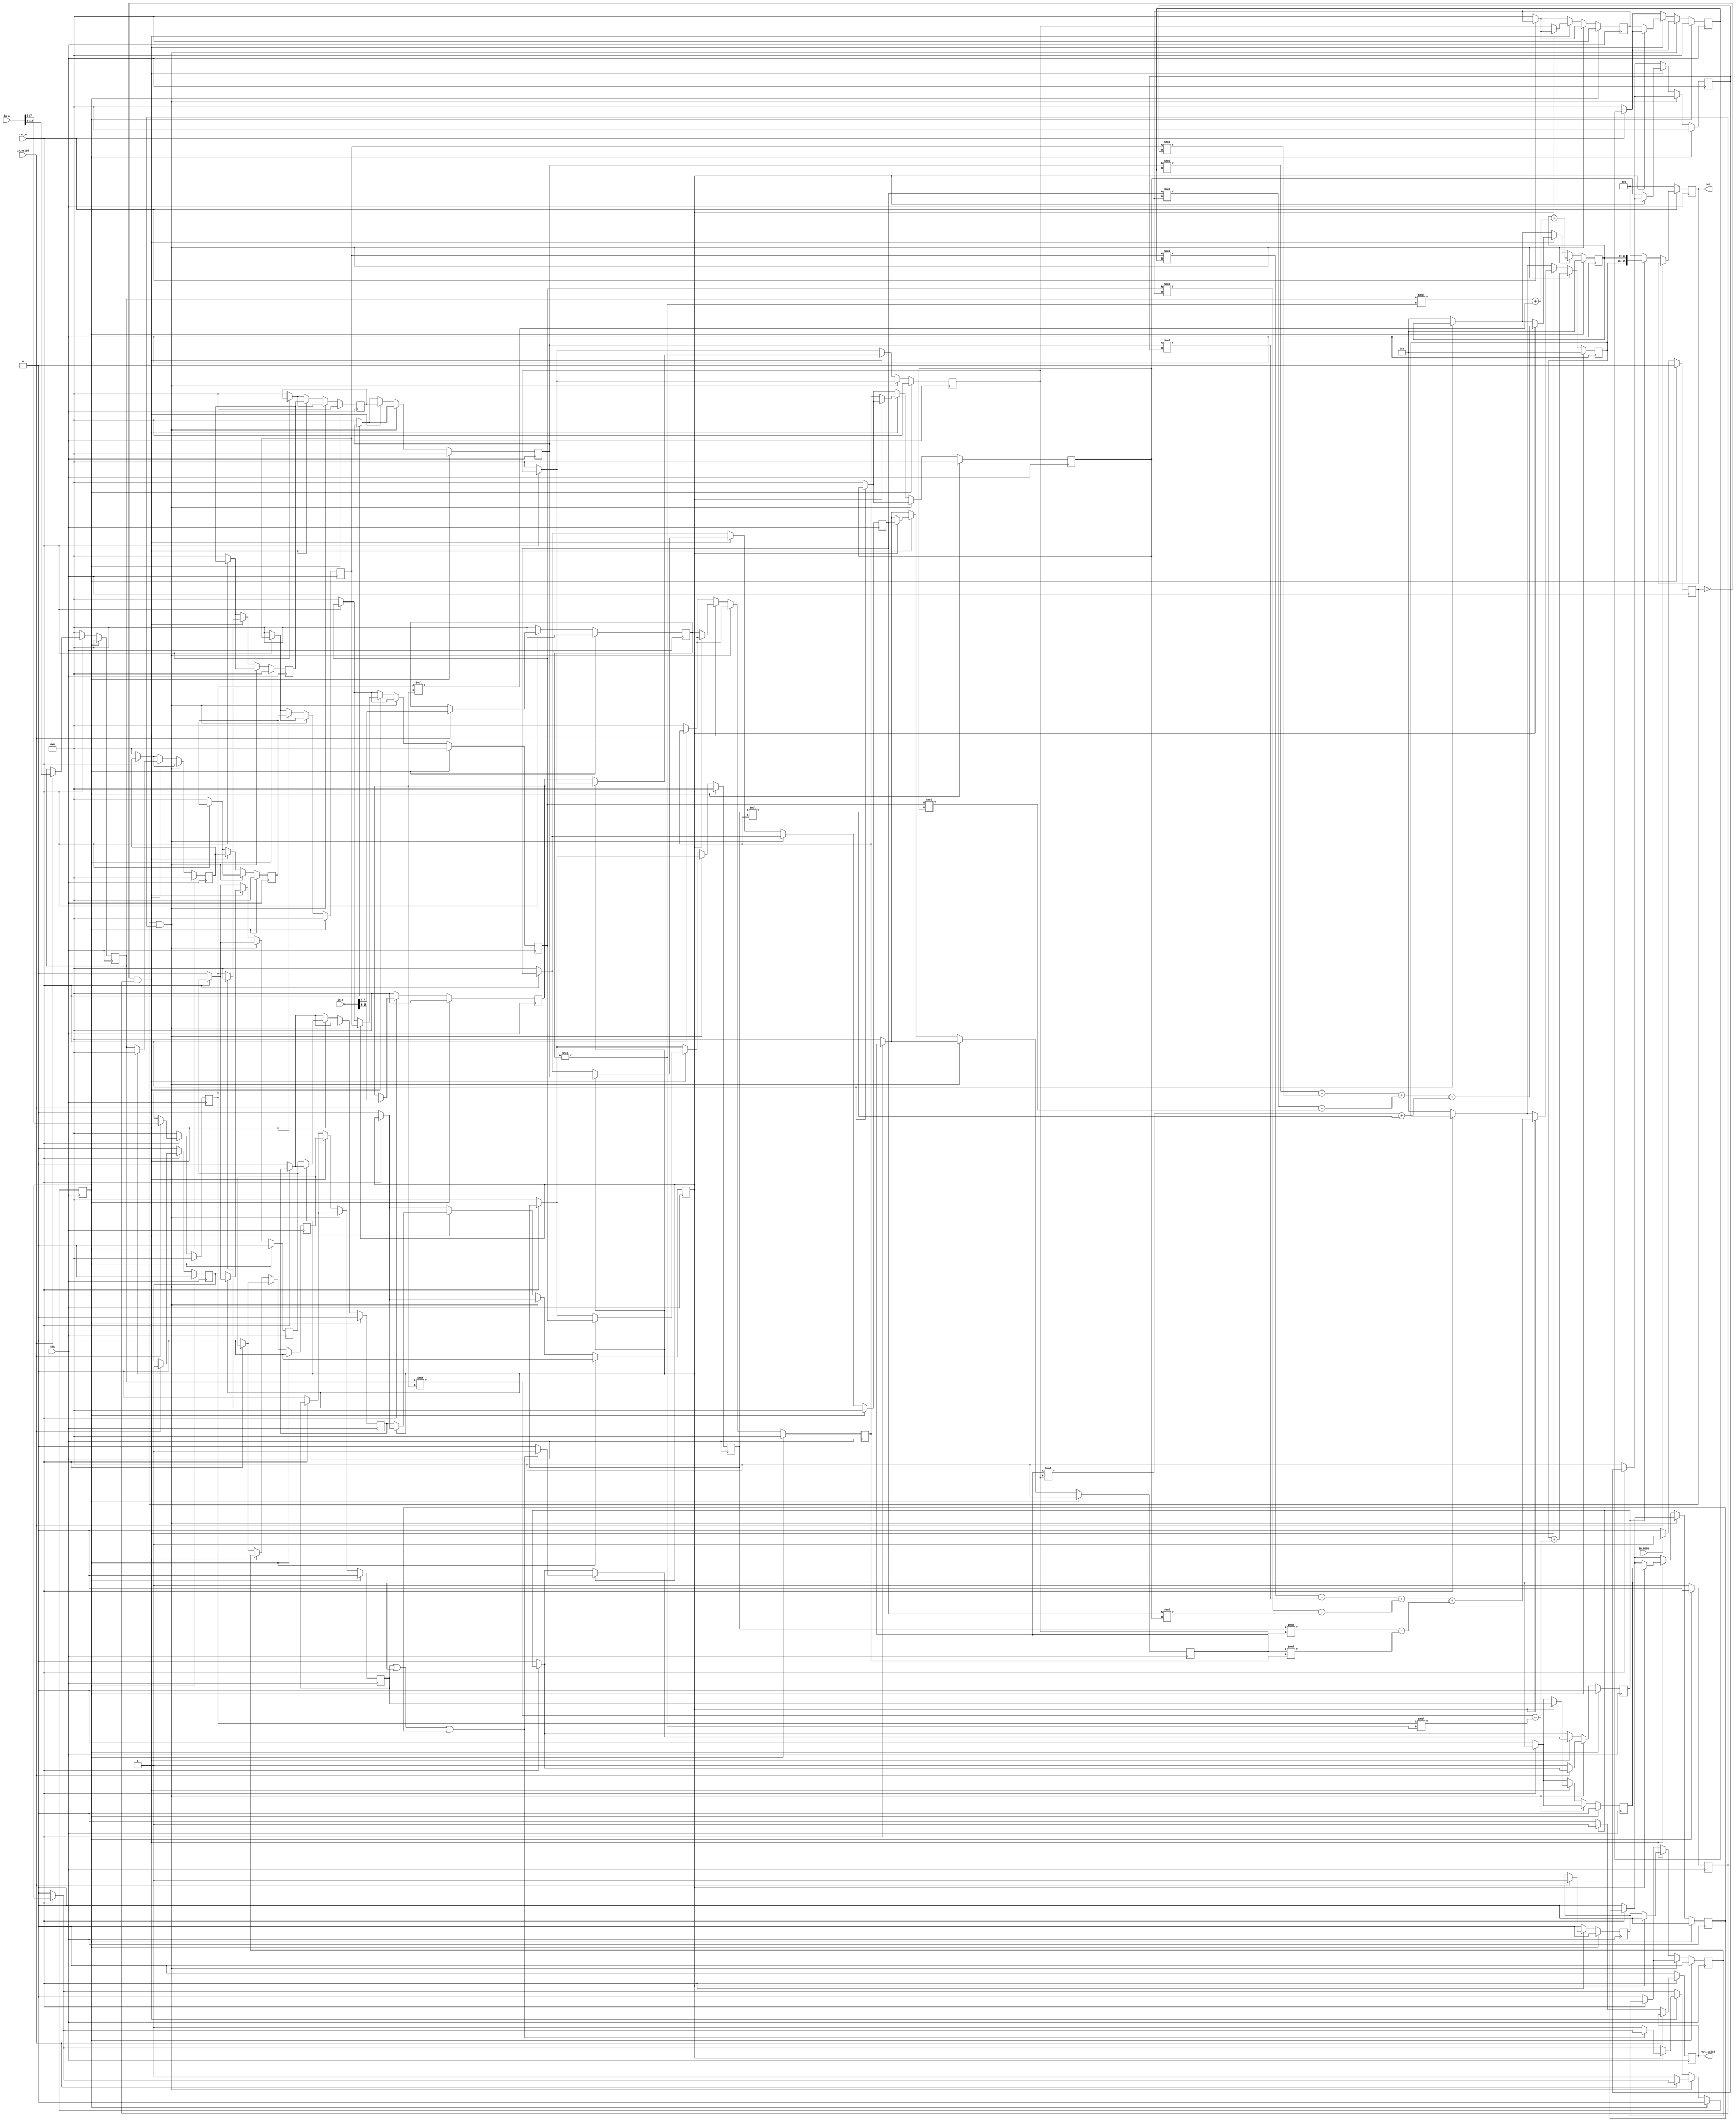
module CONVCOR(	
	clk, 
	rst_n, 
	in_valid, 
	in_a,
	in_b,
	in_mode,	
	out_valid, 
	out
);
				
//---------------------------------
//  input and output declaration
//---------------------------------  

input              clk;
input              rst_n;
input              in_valid;
input 	[15:0]     in_a;
input 	[15:0]     in_b;
input 	           in_mode;
output  reg        out_valid;
output  reg [35:0] out;


//----------------------------------
// reg and wire declaration
//--------------------------------- 
reg signed [7:0] a_real, a_img, b_real, b_img;
reg signed [7:0] a0_real, a0_img, a1_real, a1_img, a2_real, a2_img, a3_real, a3_img, a4_real, a4_img;
reg signed [7:0] b0_real, b0_img, b1_real, b1_img, b2_real, b2_img;
reg signed [17:0] out_real, out_img;
reg mode, mode_chk;
reg a_chk, b_chk, a0_chk, a1_chk, a2_chk, a3_chk, a4_chk, b0_chk, b1_chk, b2_chk;
reg cal_valid, clear;
reg signed [35:0] out_tmp;

 //----------------------------------
//
//         My design
//
//----------------------------------

always @( posedge clk ) 
begin
	if (!rst_n) 
	begin
		// reset
		out <= 0;
		out_valid <= 0;
		out_tmp <= 0;
		cal_valid <= 0;
		clear <= 0;
		mode <= 0;
		mode_chk <= 0;
		{a_real,a_img} <= 0;
		{b_real,b_img} <= 0;
		{out_real,out_img} <= 0;
		{a0_real,a0_img} <= 0;
		{a1_real,a1_img} <= 0;
		{a2_real,a2_img} <= 0;
		{a3_real,a3_img} <= 0;
		{a4_real,a4_img} <= 0;
		{b0_real,b0_img} <= 0;
		{b1_real,b1_img} <= 0;
		{b2_real,b2_img} <= 0;
		a_chk <= 0;
		b_chk <= 0;
		a0_chk <= 0;
		a1_chk <= 0;
		a2_chk <= 0;
		a3_chk <= 0;
		a4_chk <= 0;
		b0_chk <= 0;
		b1_chk <= 0;
		b2_chk <= 0;
	end
	else if (in_valid) 
	begin
		{a_real,a_img,a_chk} <= {in_a,1'b1};
		{b_real,b_img,b_chk} <= {in_b,1'b1};
	end
	else if (!cal_valid)
	begin
		out_valid <= 0;
		out <= 0;
	end
	else if (cal_valid)
	begin
		out <= {out_real,out_img};
		out_valid <= 1;
	end
	
	//calculate 
	if (mode==1 && mode_chk==1)
	begin
		//signedoverflowout_real
		//
		/*if (!(a2_chk&b2_chk))   
		begin
			//shift in_a into reg
			{a0_real,a0_img,a0_chk} <= {a_real,a_img,a_chk};
			{a1_real,a1_img,a1_chk} <= {a0_real,a0_img,a0_chk};
			{a2_real,a2_img,a2_chk} <= {a1_real,a1_img,a1_chk};
			//shift in_b into reg
			{b0_real,b0_img,b0_chk} <= {b_real,-b_img,b_chk};
			{b1_real,b1_img,b1_chk} <= {b0_real,b0_img,b0_chk};
			{b2_real,b2_img,b2_chk} <= {b1_real,b1_img,b1_chk};
		end
		else if ((a2_chk&b2_chk))
		begin
			out_real <= ( ((a0_real*b0_real)-(a0_img*b0_img))+((a1_real*b1_real)-(a1_img*b1_img))+((a2_real*b2_real)-(a2_img*b2_img)) );
			out_img <= ( ((a0_real*b0_img)+(a0_img*b0_real))+((a1_real*b1_img)+(a1_img*b1_real))+((a2_real*b2_img)+(a2_img*b2_real)) );
			cal_valid <= 1;
			clear <= 1;
		end*/
		out_real <= out_real + ((a_real*b_real)-(a_img*-b_img));
		out_img <= out_img + ((a_real*-b_img)+(a_img*b_real));
		if (!in_valid)
		begin
			cal_valid <= 1;
			clear <= 1;
		end
		
	end
	else if (mode==0 && mode_chk==1)
	begin
		if (!(b2_chk))
		begin
			//shift in_a into reg
			{a0_real,a0_img,a0_chk} <= {a_real,a_img,a_chk};
			{a1_real,a1_img,a1_chk} <= {a0_real,a0_img,a0_chk};
			{a2_real,a2_img,a2_chk} <= {a1_real,a1_img,a1_chk};
			//shift in_b into reg
			{b0_real,b0_img,b0_chk} <= {b_real,b_img,b_chk};
			{b1_real,b1_img,b1_chk} <= {b0_real,b0_img,b0_chk};
			{b2_real,b2_img,b2_chk} <= {b1_real,b1_img,b1_chk};
		end
		else if (b2_chk)
		begin
			out_real <= ( ((a2_real*b2_real)-(a2_img*b2_img))+((a3_real*b1_real)-(a3_img*b1_img))+((a4_real*b0_real)-(a4_img*b0_img)) );
			out_img <= ( ((a2_img*b2_real)+(a2_real*b2_img))+((a3_img*b1_real)+(a3_real*b1_img))+((a4_img*b0_real)+(a4_real*b0_img)) );
			{a0_real,a0_img,a0_chk} <= 0;
			{a1_real,a1_img,a1_chk} <= {a0_real,a0_img,a0_chk};
			{a2_real,a2_img,a2_chk} <= {a1_real,a1_img,a1_chk};
			{a3_real,a3_img,a3_chk} <= {a2_real,a2_img,a2_chk};
			{a4_real,a4_img,a4_chk} <= {a3_real,a3_img,a3_chk};
			if (a2_chk||a3_chk||a4_chk) 
			begin
				cal_valid <= 1;
			end
			else 
			begin
				cal_valid <= 0;
				clear <= 1;
			end
		end 
	end

	//get mode 
	if (in_mode) 
	begin
		mode <= 1;
		mode_chk <= 1;
	end
	else if (!in_mode)
	begin
		mode <= 0;
		mode_chk <= 1;
	end
	
	//clear 
	if (clear)
	begin
		cal_valid <= 0;
		mode <= 0;
		mode_chk <= 0;
		{a_real,a_img,a_chk} <= 0;
		{b_real,b_img,b_chk} <= 0;
		{a0_real,a0_img,a0_chk} <= 0;
		{a1_real,a1_img,a1_chk} <= 0;
		{a2_real,a2_img,a2_chk} <= 0;
		{a3_real,a3_img,a3_chk} <= 0;
		{a4_real,a4_img,a4_chk} <= 0;
		{b0_real,b0_img,b0_chk} <= 0;
		{b1_real,b1_img,b1_chk} <= 0;
		{b2_real,b2_img,b2_chk} <= 0;
		{out_real,out_img} <= 0;
		clear <= 0;
	end
	
end

endmodule